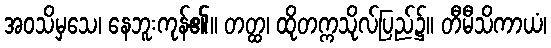
အဝသိမှသေ၊ နေဘူးကုန်၏။ တတ္ထ၊ ထိုတက္ကသိုလ်ပြည်၌။ တီမီသိကာယံ၊